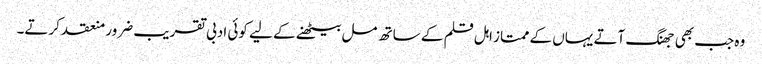
وہ جب بھی جھنگ آتے یہاں کے ممتاز اہل قلم کے ساتھ مل بیٹھنے کے لیے کوئی ادبی تقریب ضرور منعقد کرتے۔